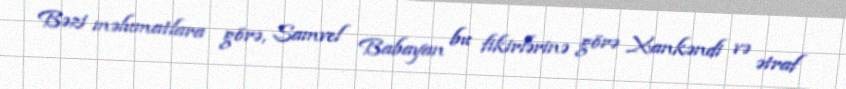
Bəzi məlumatlara görə, Samvel Babayan bu fikirlərinə görə Xankəndi və ətraf